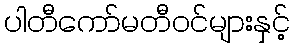
ပါတီကော်မတီဝင်များနှင့်